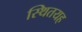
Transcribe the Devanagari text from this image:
स्थितयह